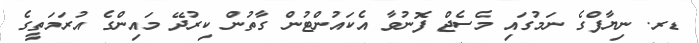
ޑރ. ނިޔާފްގެ ނަމުގައި މެސެޖް ފޮނުވާ އެކައުންޓުން ގާތުން ކިރުދޭ މައިންގެ އުރަމަތީގެ